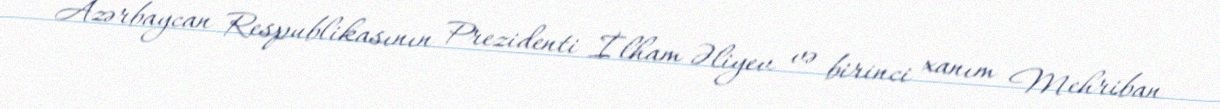
Azərbaycan Respublikasının Prezidenti İlham Əliyev və birinci xanım Mehriban